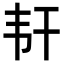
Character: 𬰱